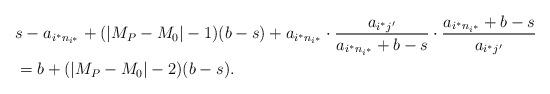
LaTeX: \begin{align*}& s - a_{i^* n_{i^*}} + (|M_P - M_0| - 1)(b-s) + a_{i^* n_{i^*}} \cdot \frac{a_{i^* j'}}{a_{i^* n_{i^*}} + b - s} \cdot \frac{a_{i^* n_{i^*}} + b - s}{a_{i^* j'}} \\& = b + (|M_P - M_0| - 2)(b-s).\end{align*}